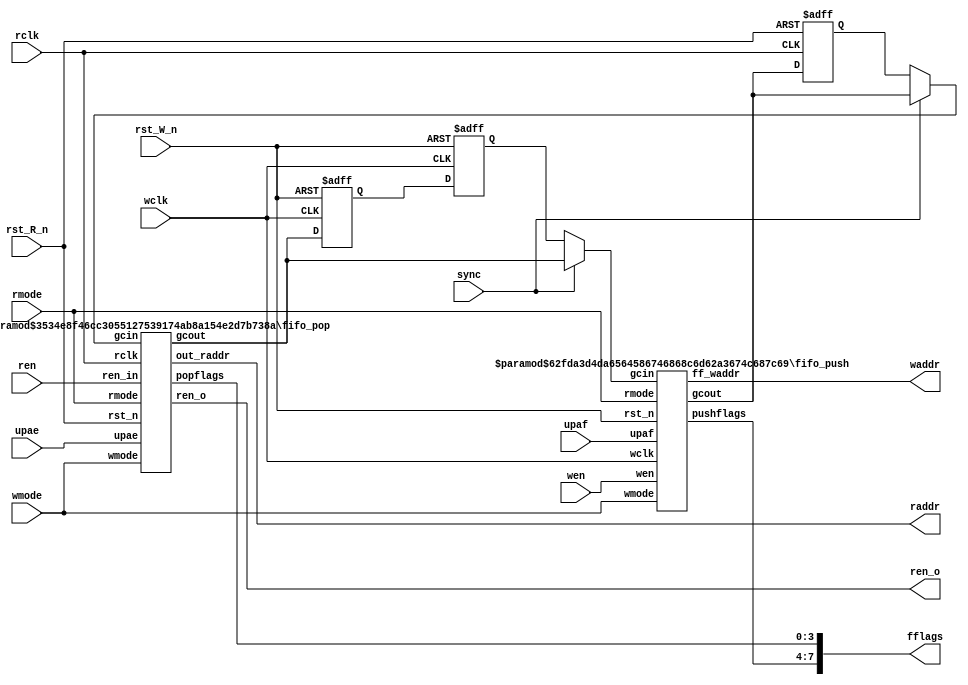
// Copyright (C) 2022 RapidSilicon
//

`default_nettype wire
module fifo_ctl (
	raddr,
	waddr,
	fflags,
	ren_o,
	sync,
	rmode,
	wmode,
	rclk,
	rst_R_n,
	wclk,
	rst_W_n,
	ren,
	wen,
	upaf,
	upae
);
	parameter ADDR_WIDTH = 11;
	parameter FIFO_WIDTH = 3'd2;
	parameter DEPTH = 6;
	output wire [ADDR_WIDTH - 1:0] raddr;
	output wire [ADDR_WIDTH - 1:0] waddr;
	output wire [7:0] fflags;
	output wire ren_o;
	input wire sync;
	input wire [1:0] rmode;
	input wire [1:0] wmode;
	(* clkbuf_sink *)
	input wire rclk;
	input wire rst_R_n;
	(* clkbuf_sink *)
	input wire wclk;
	input wire rst_W_n;
	input wire ren;
	input wire wen;
	input wire [ADDR_WIDTH - 1:0] upaf;
	input wire [ADDR_WIDTH - 1:0] upae;
	localparam ADDR_PLUS_ONE = ADDR_WIDTH + 1;
	reg [ADDR_WIDTH:0] pushtopop1;
	reg [ADDR_WIDTH:0] pushtopop2;
	reg [ADDR_WIDTH:0] poptopush1;
	reg [ADDR_WIDTH:0] poptopush2;
	wire [ADDR_WIDTH:0] pushtopop0;
	wire [ADDR_WIDTH:0] poptopush0;
	wire [ADDR_WIDTH:0] smux_poptopush;
	wire [ADDR_WIDTH:0] smux_pushtopop;
	assign smux_poptopush = (sync ? poptopush0 : poptopush2);
	assign smux_pushtopop = (sync ? pushtopop0 : pushtopop2);
	always @(posedge rclk or negedge rst_R_n)
		if (~rst_R_n) begin
			pushtopop1 <= 'h0;
			pushtopop2 <= 'h0;
		end
		else begin
			pushtopop1 = pushtopop0;
			pushtopop2 = pushtopop1;
		end
	always @(posedge wclk or negedge rst_W_n)
		if (~rst_W_n) begin
			poptopush1 <= 'h0;
			poptopush2 <= 'h0;
		end
		else begin
			poptopush1 <= poptopush0;
			poptopush2 <= poptopush1;
		end
	fifo_push #(
		.ADDR_WIDTH(ADDR_WIDTH),
		.DEPTH(DEPTH)
	) u_fifo_push(
		.wclk(wclk),
		.wen(wen),
		.rst_n(rst_W_n),
		.rmode(rmode),
		.wmode(wmode),
		.gcout(pushtopop0),
		.gcin(smux_poptopush),
		.ff_waddr(waddr),
		.pushflags(fflags[7:4]),
		.upaf(upaf)
	);
	fifo_pop #(
		.ADDR_WIDTH(ADDR_WIDTH),
		.FIFO_WIDTH(FIFO_WIDTH),
		.DEPTH(DEPTH)
	) u_fifo_pop(
		.rclk(rclk),
		.ren_in(ren),
		.rst_n(rst_R_n),
		.rmode(rmode),
		.wmode(wmode),
		.ren_o(ren_o),
		.gcout(poptopush0),
		.gcin(smux_pushtopop),
		.out_raddr(raddr),
		.popflags(fflags[3:0]),
		.upae(upae)
	);
endmodule
module fifo_push (
	pushflags,
	gcout,
	ff_waddr,
	rst_n,
	wclk,
	wen,
	rmode,
	wmode,
	gcin,
	upaf
);
	parameter ADDR_WIDTH = 11;
	parameter DEPTH = 6;
	output wire [3:0] pushflags;
	output wire [ADDR_WIDTH:0] gcout;
	output wire [ADDR_WIDTH - 1:0] ff_waddr;
	input rst_n;
	(* clkbuf_sink *)
	input wclk;
	input wen;
	input [1:0] rmode;
	input [1:0] wmode;
	input [ADDR_WIDTH:0] gcin;
	input [ADDR_WIDTH - 1:0] upaf;
	localparam ADDR_PLUS_ONE = ADDR_WIDTH + 1;
	reg full_next;
	reg full;
	reg paf_next;
	reg paf;
	reg fmo;
	reg fmo_next;
	reg overflow;
	reg p1;
	reg p2;
	reg f1;
	reg f2;
	reg q1;
	reg q2;
	reg [1:0] gmode;
	reg [ADDR_WIDTH:0] waddr;
	reg [ADDR_WIDTH:0] raddr;
	reg [ADDR_WIDTH:0] gcout_reg;
	reg [ADDR_WIDTH:0] gcout_next;
	reg [ADDR_WIDTH:0] raddr_next;
	reg [ADDR_WIDTH - 1:0] paf_thresh;
	wire overflow_next;
	wire [ADDR_WIDTH:0] waddr_next;
	wire [ADDR_WIDTH:0] gc8out_next;
	wire [ADDR_WIDTH - 1:0] gc16out_next;
	wire [ADDR_WIDTH - 2:0] gc32out_next;
	wire [ADDR_WIDTH:0] tmp;
	wire [ADDR_WIDTH:0] next_count;
	wire [ADDR_WIDTH:0] count;
	wire [ADDR_WIDTH:0] fbytes;
	genvar i;
	assign next_count = fbytes - (waddr_next >= raddr_next ? waddr_next - raddr_next : (~raddr_next + waddr_next) + 1);
	assign count = fbytes - (waddr >= raddr ? waddr - raddr : (~raddr + waddr) + 1);
	assign fbytes = 1 << (DEPTH + 5);
	always @(*) begin
		paf_thresh = wmode[1] ? upaf : (wmode[0] ? upaf << 1 : upaf << 2);
	end
	always @(*)
		case (wmode)
			2'h0, 2'h1, 2'h2: begin
				full_next = (wen ? f1 : f2);
				fmo_next = (wen ? p1 : p2);
				paf_next = (wen ? q1 : q2);
			end
			default: begin
				full_next = 1'b0;
				fmo_next = 1'b0;
				paf_next = 1'b0;
			end
		endcase
	always @(*) begin : PUSH_FULL_FLAGS
		f1 = 1'b0;
		f2 = 1'b0;
		p1 = 1'b0;
		p2 = 1'b0;
		q1 = next_count < {1'b0, paf_thresh};
		q2 = count < {1'b0, paf_thresh};
		case (wmode)
			2'h0:
				case (DEPTH)
					3'h6: begin
						f1 = {~waddr_next[11], waddr_next[10:2]} == raddr_next[11:2];
						f2 = {~waddr[11], waddr[10:2]} == raddr_next[11:2];
						p1 = ((waddr_next[10:2] + 1) & 9'h1ff) == raddr_next[10:2];
						p2 = ((waddr[10:2] + 1) & 9'h1ff) == raddr_next[10:2];
					end
					3'h5: begin
						f1 = {~waddr_next[10], waddr_next[9:2]} == raddr_next[10:2];
						f2 = {~waddr[10], waddr[9:2]} == raddr_next[10:2];
						p1 = ((waddr_next[9:2] + 1) & 8'hff) == raddr_next[9:2];
						p2 = ((waddr[9:2] + 1) & 8'hff) == raddr_next[9:2];
					end
					3'h4: begin
						f1 = {~waddr_next[9], waddr_next[8:2]} == raddr_next[9:2];
						f2 = {~waddr[9], waddr[8:2]} == raddr_next[9:2];
						p1 = ((waddr_next[8:2] + 1) & 7'h7f) == raddr_next[8:2];
						p2 = ((waddr[8:2] + 1) & 7'h7f) == raddr_next[8:2];
					end
					3'h3: begin
						f1 = {~waddr_next[8], waddr_next[7:2]} == raddr_next[8:2];
						f2 = {~waddr[8], waddr[7:2]} == raddr_next[8:2];
						p1 = ((waddr_next[7:2] + 1) & 6'h3f) == raddr_next[7:2];
						p2 = ((waddr[7:2] + 1) & 6'h3f) == raddr_next[7:2];
					end
					3'h2: begin
						f1 = {~waddr_next[7], waddr_next[6:2]} == raddr_next[7:2];
						f2 = {~waddr[7], waddr[6:2]} == raddr_next[7:2];
						p1 = ((waddr_next[6:2] + 1) & 5'h1f) == raddr_next[6:2];
						p2 = ((waddr[6:2] + 1) & 5'h1f) == raddr_next[6:2];
					end
					3'h1: begin
						f1 = {~waddr_next[6], waddr_next[5:2]} == raddr_next[6:2];
						f2 = {~waddr[6], waddr[5:2]} == raddr_next[6:2];
						p1 = ((waddr_next[5:2] + 1) & 4'hf) == raddr_next[5:2];
						p2 = ((waddr[5:2] + 1) & 4'hf) == raddr_next[5:2];
					end
					3'h0: begin
						f1 = {~waddr_next[5], waddr_next[4:2]} == raddr_next[5:2];
						f2 = {~waddr[5], waddr[4:2]} == raddr_next[5:2];
						p1 = ((waddr_next[4:2] + 1) & 3'h7) == raddr_next[4:2];
						p2 = ((waddr[4:2] + 1) & 3'h7) == raddr_next[4:2];
					end
					3'h7: begin
						f1 = {~waddr_next[ADDR_WIDTH], waddr_next[ADDR_WIDTH - 1:2]} == raddr_next[ADDR_WIDTH:2];
						f2 = {~waddr[ADDR_WIDTH], waddr[ADDR_WIDTH - 1:2]} == raddr_next[ADDR_WIDTH:2];
						p1 = ((waddr_next[ADDR_WIDTH - 1:2] + 1) & {ADDR_WIDTH - 2 {1'b1}}) == raddr_next[ADDR_WIDTH - 1:2];
						p2 = ((waddr[ADDR_WIDTH - 1:2] + 1) & {ADDR_WIDTH - 2 {1'b1}}) == raddr_next[ADDR_WIDTH - 1:2];
					end
				endcase
			2'h1:
				case (DEPTH)
					3'h6: begin
						f1 = {~waddr_next[11], waddr_next[10:1]} == raddr_next[11:1];
						f2 = {~waddr[11], waddr[10:1]} == raddr_next[11:1];
						p1 = ((waddr_next[10:1] + 1) & 10'h3ff) == raddr_next[10:1];
						p2 = ((waddr[10:1] + 1) & 10'h3ff) == raddr_next[10:1];
					end
					3'h5: begin
						f1 = {~waddr_next[10], waddr_next[9:1]} == raddr_next[10:1];
						f2 = {~waddr[10], waddr[9:1]} == raddr_next[10:1];
						p1 = ((waddr_next[9:1] + 1) & 9'h1ff) == raddr_next[9:1];
						p2 = ((waddr[9:1] + 1) & 9'h1ff) == raddr_next[9:1];
					end
					3'h4: begin
						f1 = {~waddr_next[9], waddr_next[8:1]} == raddr_next[9:1];
						f2 = {~waddr[9], waddr[8:1]} == raddr_next[9:1];
						p1 = ((waddr_next[8:1] + 1) & 8'hff) == raddr_next[8:1];
						p2 = ((waddr[8:1] + 1) & 8'hff) == raddr_next[8:1];
					end
					3'h3: begin
						f1 = {~waddr_next[8], waddr_next[7:1]} == raddr_next[8:1];
						f2 = {~waddr[8], waddr[7:1]} == raddr_next[8:1];
						p1 = ((waddr_next[7:1] + 1) & 7'h7f) == raddr_next[7:1];
						p2 = ((waddr[7:1] + 1) & 7'h7f) == raddr_next[7:1];
					end
					3'h2: begin
						f1 = {~waddr_next[7], waddr_next[6:1]} == raddr_next[7:1];
						f2 = {~waddr[7], waddr[6:1]} == raddr_next[7:1];
						p1 = ((waddr_next[6:1] + 1) & 6'h3f) == raddr_next[6:1];
						p2 = ((waddr[6:1] + 1) & 6'h3f) == raddr_next[6:1];
					end
					3'h1: begin
						f1 = {~waddr_next[6], waddr_next[5:1]} == raddr_next[6:1];
						f2 = {~waddr[6], waddr[5:1]} == raddr_next[6:1];
						p1 = ((waddr_next[5:1] + 1) & 5'h1f) == raddr_next[5:1];
						p2 = ((waddr[5:1] + 1) & 5'h1f) == raddr_next[5:1];
					end
					3'h0: begin
						f1 = {~waddr_next[5], waddr_next[4:1]} == raddr_next[5:1];
						f2 = {~waddr[5], waddr[4:1]} == raddr_next[5:1];
						p1 = ((waddr_next[4:1] + 1) & 4'hf) == raddr_next[4:1];
						p2 = ((waddr[4:1] + 1) & 4'hf) == raddr_next[4:1];
					end
					3'h7: begin
						f1 = {~waddr_next[ADDR_WIDTH], waddr_next[ADDR_WIDTH - 1:1]} == raddr_next[ADDR_WIDTH:1];
						f2 = {~waddr[ADDR_WIDTH], waddr[ADDR_WIDTH - 1:1]} == raddr_next[ADDR_WIDTH:1];
						p1 = ((waddr_next[ADDR_WIDTH - 1:1] + 1) & {ADDR_WIDTH - 1 {1'b1}}) == raddr_next[ADDR_WIDTH - 1:1];
						p2 = ((waddr[ADDR_WIDTH - 1:1] + 1) & {ADDR_WIDTH - 1 {1'b1}}) == raddr_next[ADDR_WIDTH - 1:1];
					end
				endcase
			2'h2:
				case (DEPTH)
					3'h6: begin
						f1 = {~waddr_next[11], waddr_next[10:0]} == raddr_next[11:0];
						f2 = {~waddr[11], waddr[10:0]} == raddr_next[11:0];
						p1 = ((waddr_next[10:0] + 1) & 11'h7ff) == raddr_next[10:0];
						p2 = ((waddr[10:0] + 1) & 11'h7ff) == raddr_next[10:0];
					end
					3'h5: begin
						f1 = {~waddr_next[10], waddr_next[9:0]} == raddr_next[10:0];
						f2 = {~waddr[10], waddr[9:0]} == raddr_next[10:0];
						p1 = ((waddr_next[9:0] + 1) & 10'h3ff) == raddr_next[9:0];
						p2 = ((waddr[9:0] + 1) & 10'h3ff) == raddr_next[9:0];
					end
					3'h4: begin
						f1 = {~waddr_next[9], waddr_next[8:0]} == raddr_next[9:0];
						f2 = {~waddr[9], waddr[8:0]} == raddr_next[9:0];
						p1 = ((waddr_next[8:0] + 1) & 9'h1ff) == raddr_next[8:0];
						p2 = ((waddr[8:0] + 1) & 9'h1ff) == raddr_next[8:0];
					end
					3'h3: begin
						f1 = {~waddr_next[8], waddr_next[7:0]} == raddr_next[8:0];
						f2 = {~waddr[8], waddr[7:0]} == raddr_next[8:0];
						p1 = ((waddr_next[7:0] + 1) & 8'hff) == raddr_next[7:0];
						p2 = ((waddr[7:0] + 1) & 8'hff) == raddr_next[7:0];
					end
					3'h2: begin
						f1 = {~waddr_next[7], waddr_next[6:0]} == raddr_next[7:0];
						f2 = {~waddr[7], waddr[6:0]} == raddr_next[7:0];
						p1 = ((waddr_next[6:0] + 1) & 7'h7f) == raddr_next[6:0];
						p2 = ((waddr[6:0] + 1) & 7'h7f) == raddr_next[6:0];
					end
					3'h1: begin
						f1 = {~waddr_next[6], waddr_next[5:0]} == raddr_next[6:0];
						f2 = {~waddr[6], waddr[5:0]} == raddr_next[6:0];
						p1 = ((waddr_next[5:0] + 1) & 6'h3f) == raddr_next[5:0];
						p2 = ((waddr[5:0] + 1) & 6'h3f) == raddr_next[5:0];
					end
					3'h0: begin
						f1 = {~waddr_next[5], waddr_next[4:0]} == raddr_next[5:0];
						f2 = {~waddr[5], waddr[4:0]} == raddr_next[5:0];
						p1 = ((waddr_next[4:0] + 1) & 5'h1f) == raddr_next[4:0];
						p2 = ((waddr[4:0] + 1) & 5'h1f) == raddr_next[4:0];
					end
					3'h7: begin
						f1 = {~waddr_next[ADDR_WIDTH], waddr_next[ADDR_WIDTH - 1:0]} == raddr_next[ADDR_WIDTH:0];
						f2 = {~waddr[ADDR_WIDTH], waddr[ADDR_WIDTH - 1:0]} == raddr_next[ADDR_WIDTH:0];
						p1 = ((waddr_next[ADDR_WIDTH - 1:0] + 1) & {ADDR_WIDTH {1'b1}}) == raddr_next[ADDR_WIDTH - 1:0];
						p2 = ((waddr[ADDR_WIDTH - 1:0] + 1) & {ADDR_WIDTH {1'b1}}) == raddr_next[ADDR_WIDTH - 1:0];
					end
				endcase
			2'h3: begin
				f1 = 1'b0;
				f2 = 1'b0;
				p1 = 1'b0;
				p2 = 1'b0;
			end
		endcase
	end
	always @(*)
		case (wmode)
			2'h0: gmode = 2'h0;
			2'h1: gmode = (rmode == 2'h0 ? 2'h0 : 2'h1);
			2'h2: gmode = (rmode == 2'h2 ? 2'h2 : rmode);
			2'h3: gmode = 2'h3;
		endcase
	assign gc8out_next = (waddr_next >> 1) ^ waddr_next;
	assign gc16out_next = (waddr_next >> 2) ^ (waddr_next >> 1);
	assign gc32out_next = (waddr_next >> 3) ^ (waddr_next >> 2);
	always @(*)
		if (wen)
			case (gmode)
				2'h2: gcout_next = gc8out_next;
				2'h1: gcout_next = {1'b0, gc16out_next};
				2'h0: gcout_next = {2'b00, gc32out_next};
				default: gcout_next = {ADDR_PLUS_ONE {1'b0}};
			endcase
		else
			gcout_next = {ADDR_PLUS_ONE {1'b0}};
	always @(posedge wclk or negedge rst_n)
		if (~rst_n) begin
			full <= 1'b0;
			fmo <= 1'b0;
			paf <= 1'b0;
			raddr <= {ADDR_PLUS_ONE {1'b0}};
		end
		else begin
			full <= full_next;
			fmo <= fmo_next;
			paf <= paf_next;
			case (gmode)
				0: raddr <= raddr_next & {{ADDR_WIDTH - 1 {1'b1}}, 2'b00};
				1: raddr <= raddr_next & {{ADDR_WIDTH {1'b1}}, 1'b0};
				2: raddr <= raddr_next & {ADDR_WIDTH + 1 {1'b1}};
				3: raddr <= 12'h000;
			endcase
		end
	assign overflow_next = full & wen;
	always @(posedge wclk or negedge rst_n)
		if (~rst_n)
			overflow <= 1'b0;
		else if (wen == 1'b1)
			overflow <= overflow_next;
	always @(posedge wclk or negedge rst_n)
		if (~rst_n) begin
			waddr <= {ADDR_WIDTH + 1 {1'b0}};
			gcout_reg <= {ADDR_WIDTH + 1 {1'b0}};
		end
		else if (wen == 1'b1) begin
			waddr <= waddr_next;
			gcout_reg <= gcout_next;
		end
	assign gcout = gcout_reg;
	generate
		for (i = 0; i < (ADDR_WIDTH + 1); i = i + 1) begin : genblk1
			assign tmp[i] = ^(gcin >> i);
		end
	endgenerate
	always @(*)
		case (gmode)
			2'h0: raddr_next = {tmp[ADDR_WIDTH - 2:0], 2'b00} & {{ADDR_WIDTH - 1 {1'b1}}, 2'b00};
			2'h1: raddr_next = {tmp[ADDR_WIDTH - 1:0], 1'b0} & {{ADDR_WIDTH {1'b1}}, 1'b0};
			2'h2: raddr_next = {tmp[ADDR_WIDTH:0]} & {ADDR_WIDTH + 1 {1'b1}};
			default: raddr_next = {ADDR_WIDTH + 1 {1'b0}};
		endcase
	assign ff_waddr = waddr[ADDR_WIDTH - 1:0];
	assign pushflags = {full, fmo, paf, overflow};
	assign waddr_next = waddr + (wmode == 2'h0 ? 'h4 : (wmode == 2'h1 ? 'h2 : 'h1));
endmodule
module fifo_pop (
	ren_o,
	popflags,
	out_raddr,
	gcout,
	rst_n,
	rclk,
	ren_in,
	rmode,
	wmode,
	gcin,
	upae
);
	parameter ADDR_WIDTH = 11;
	parameter FIFO_WIDTH = 3'd2;
	parameter DEPTH = 6;
	output wire ren_o;
	output wire [3:0] popflags;
	output reg [ADDR_WIDTH - 1:0] out_raddr;
	output wire [ADDR_WIDTH:0] gcout;
	input rst_n;
	(* clkbuf_sink *)
	input rclk;
	input ren_in;
	input [1:0] rmode;
	input [1:0] wmode;
	input [ADDR_WIDTH:0] gcin;
	input [ADDR_WIDTH - 1:0] upae;
	localparam ADDR_PLUS_ONE = ADDR_WIDTH + 1;
	reg empty;
	reg epo;
	reg pae;
	reg underflow;
	reg e1;
	reg e2;
	reg o1;
	reg o2;
	reg q1;
	reg q2;
	reg [1:0] bwl_sel;
	reg [1:0] gmode;
	reg [ADDR_WIDTH - 1:0] ff_raddr;
	reg [ADDR_WIDTH:0] waddr;
	reg [ADDR_WIDTH:0] raddr;
	reg [ADDR_WIDTH:0] gcout_reg;
	reg [ADDR_WIDTH:0] gcout_next;
	reg [ADDR_WIDTH:0] waddr_next;
	reg [ADDR_WIDTH - 1:0] pae_thresh;
	wire ren_out;
	wire empty_next;
	wire pae_next;
	wire epo_next;
	wire [ADDR_WIDTH - 2:0] gc32out_next;
	wire [ADDR_WIDTH - 1:0] gc16out_next;
	wire [ADDR_WIDTH:0] gc8out_next;
	wire [ADDR_WIDTH:0] raddr_next;
	wire [ADDR_WIDTH - 1:0] ff_raddr_next;
	wire [ADDR_WIDTH:0] tmp;
	wire [ADDR_PLUS_ONE:0] next_count;
	wire [ADDR_PLUS_ONE:0] count;
	wire [ADDR_PLUS_ONE:0] fbytes;
	genvar i;
	assign next_count = waddr - raddr_next;
	assign count = waddr - raddr;
	assign fbytes = 1 << (DEPTH + 5);
	always @(*) pae_thresh = rmode[1] ? upae : (rmode[0] ? upae << 1 : upae << 2);
	assign ren_out = (empty ? 1'b1 : ren_in);
	always @(*)
		case (rmode)
			2'h0: gmode = 2'h0;
			2'h1: gmode = (wmode == 2'h0 ? 2'h0 : 2'h1);
			2'h2: gmode = (wmode == 2'h2 ? 2'h2 : wmode);
			2'h3: gmode = 2'h3;
		endcase
	always @(*) begin
		e1 = 1'b0;
		e2 = 1'b0;
		o1 = 1'b0;
		o2 = 1'b0;
		q1 = next_count < {1'b0, pae_thresh};
		q2 = count < {1'b0, pae_thresh};
		case (rmode)
			2'h0: begin
				e1 = raddr_next[ADDR_WIDTH:2] == waddr_next[ADDR_WIDTH:2];
				e2 = raddr[ADDR_WIDTH:2] == waddr_next[ADDR_WIDTH:2];
				o1 = (raddr_next[ADDR_WIDTH:2] + 1) == waddr_next[ADDR_WIDTH:2];
				o2 = (raddr[ADDR_WIDTH:2] + 1) == waddr_next[ADDR_WIDTH:2];
			end
			2'h1: begin
				e1 = raddr_next[ADDR_WIDTH:1] == waddr_next[ADDR_WIDTH:1];
				e2 = raddr[ADDR_WIDTH:1] == waddr_next[ADDR_WIDTH:1];
				o1 = (raddr_next[ADDR_WIDTH:1] + 1) == waddr_next[ADDR_WIDTH:1];
				o2 = (raddr[ADDR_WIDTH:1] + 1) == waddr_next[ADDR_WIDTH:1];
			end
			2'h2: begin
				e1 = raddr_next[ADDR_WIDTH:0] == waddr_next[ADDR_WIDTH:0];
				e2 = raddr[ADDR_WIDTH:0] == waddr_next[ADDR_WIDTH:0];
				o1 = (raddr_next[ADDR_WIDTH:0] + 1) == waddr_next[ADDR_WIDTH:0];
				o2 = (raddr[ADDR_WIDTH:0] + 1) == waddr_next[11:0];
			end
			2'h3: begin
				e1 = 1'b0;
				e2 = 1'b0;
				o1 = 1'b0;
				o2 = 1'b0;
			end
		endcase
	end
	assign empty_next = (ren_in & !empty ? e1 : e2);
	assign epo_next = (ren_in & !empty ? o1 : o2);
	assign pae_next = (ren_in & !empty ? q1 : q2);
	always @(posedge rclk or negedge rst_n)
		if (~rst_n) begin
			empty <= 1'b1;
			pae <= 1'b1;
			epo <= 1'b0;
		end
		else begin
			empty <= empty_next;
			pae <= pae_next;
			epo <= epo_next;
		end
	assign gc8out_next = (raddr_next >> 1) ^ raddr_next;
	assign gc16out_next = (raddr_next >> 2) ^ (raddr_next >> 1);
	assign gc32out_next = (raddr_next >> 3) ^ (raddr_next >> 2);
	always @(*)
		if (ren_in)
			case (gmode)
				2'h2: gcout_next = gc8out_next;
				2'h1: gcout_next = {1'b0, gc16out_next};
				2'h0: gcout_next = {2'b00, gc32out_next};
				default: gcout_next = 'h0;
			endcase
		else
			gcout_next = 'h0;
	always @(posedge rclk or negedge rst_n)
		if (~rst_n)
			waddr <= 12'h000;
		else
			waddr <= waddr_next;
	always @(posedge rclk or negedge rst_n)
		if (~rst_n) begin
			underflow <= 1'b0;
			bwl_sel <= 2'h0;
			gcout_reg <= 12'h000;
		end
		else if (ren_in) begin
			underflow <= empty;
			if (!empty) begin
				bwl_sel <= raddr_next[1:0];
				gcout_reg <= gcout_next;
			end
		end
	generate
		for (i = 0; i < (ADDR_WIDTH + 1); i = i + 1) begin : genblk1
			assign tmp[i] = ^(gcin >> i);
		end
	endgenerate
	always @(*)
		case (gmode)
			2'h0: waddr_next = {tmp[ADDR_WIDTH - 2:0], 2'b00} & {{ADDR_WIDTH - 1 {1'b1}}, 2'b00};
			2'h1: waddr_next = {tmp[ADDR_WIDTH - 1:0], 1'b0} & {{ADDR_WIDTH {1'b1}}, 1'b0};
			2'h2: waddr_next = {tmp[ADDR_WIDTH:0]} & {ADDR_PLUS_ONE {1'b1}};
			default: waddr_next = {ADDR_PLUS_ONE {1'b0}};
		endcase
	assign ff_raddr_next = ff_raddr + (rmode == 2'h0 ? 'h4 : (rmode == 2'h1 ? 'h2 : 'h1));
	assign raddr_next = raddr + (rmode == 2'h0 ? 'h4 : (rmode == 2'h1 ? 'h2 : 'h1));
	always @(posedge rclk or negedge rst_n)
		if (~rst_n)
			ff_raddr <= 1'sb0;
		else if (empty & ~empty_next)
			ff_raddr <= raddr_next[ADDR_WIDTH - 1:0];
		else if ((ren_in & !empty) & ~empty_next)
			ff_raddr <= ff_raddr_next;
	always @(posedge rclk or negedge rst_n)
		if (~rst_n)
			raddr <= 12'h000;
		else if (ren_in & !empty)
			raddr <= raddr_next;
	always @(*)
		case (FIFO_WIDTH)
			3'h2: out_raddr = {ff_raddr[ADDR_WIDTH - 1:1], bwl_sel[0]};
			3'h4: out_raddr = {ff_raddr[ADDR_WIDTH - 1:2], bwl_sel};
			default: out_raddr = ff_raddr[ADDR_WIDTH - 1:0];
		endcase
	assign ren_o = ren_out;
	assign gcout = gcout_reg;
	assign popflags = {empty, epo, pae, underflow};
endmodule
`default_nettype none